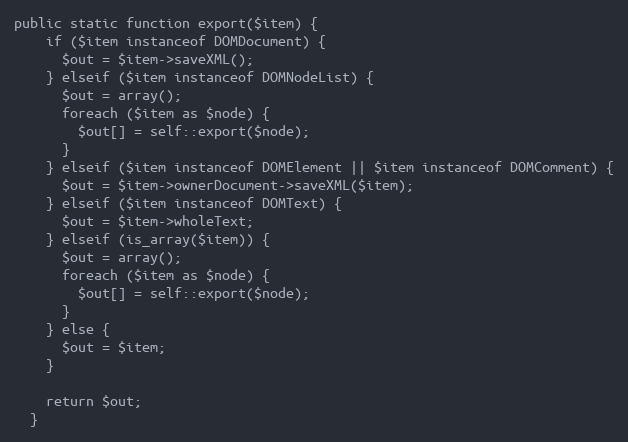
Language: PHP
public static function export($item) {
    if ($item instanceof DOMDocument) {
      $out = $item->saveXML();
    } elseif ($item instanceof DOMNodeList) {
      $out = array();
      foreach ($item as $node) {
        $out[] = self::export($node);
      }
    } elseif ($item instanceof DOMElement || $item instanceof DOMComment) {
      $out = $item->ownerDocument->saveXML($item);
    } elseif ($item instanceof DOMText) {
      $out = $item->wholeText;
    } elseif (is_array($item)) {
      $out = array();
      foreach ($item as $node) {
        $out[] = self::export($node);
      }
    } else {
      $out = $item;
    }

    return $out;
  }